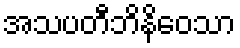
အသပတီဘိနိဝေသာ